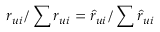
r _ { u i } / \sum r _ { u i } = \hat { r } _ { u i } / \sum \hat { r } _ { u i }